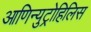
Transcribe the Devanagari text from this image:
आणिन्युट्रोहिलिस